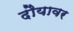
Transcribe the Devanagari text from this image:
दौयावर